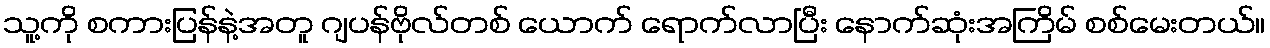
သူ့ကို စကားပြန်နဲ့အတူ ဂျပန်ဗိုလ်တစ် ယောက် ရောက်လာပြီး နောက်ဆုံးအကြိမ် စစ်မေးတယ်။